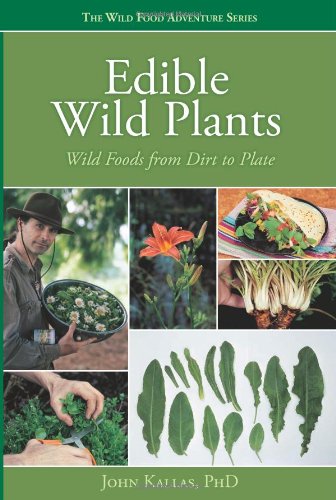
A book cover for Edible Wild Plants: Wild Foods From Dirt To Plate (The Wild Food Adventure Series, Book 1); John Kallas; Cookbooks, Food & Wine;